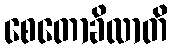
စေတောခိလာတိ